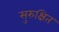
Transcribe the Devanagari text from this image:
सुरुक्षित